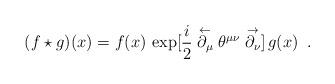
LaTeX: \begin{align*}(f \star g)(x) = f(x)\, \exp[\frac{i}{2} \stackrel{\leftarrow}{\partial_\mu} \theta^{\mu\nu} \stackrel{\rightarrow}{\partial_\nu}]\,g(x) \,\,\, .\end{align*}